Leaving Certificate Examination, 1920
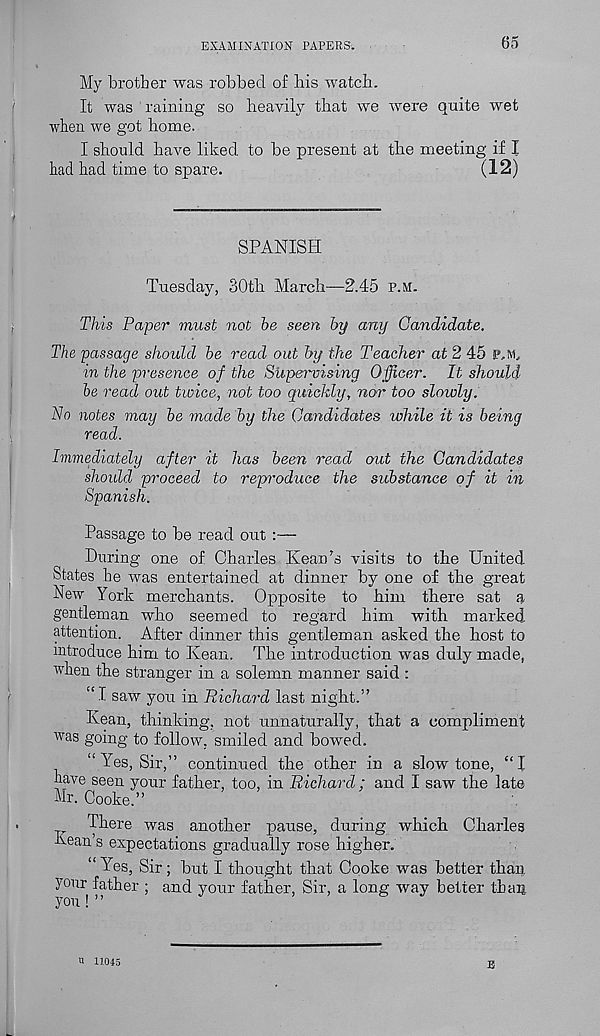
EXAMINATION PAPERS.
65
My brother was robbed of bis watch.
It was raining so heavily that we were quite wet
when we got home.
I should have liked to be present at the meeting if X
had had time to spare.
(12)
SPANISH
Tuesday, 30th March—2.45 p.m.
This Paper must not he seen by any Candidate.
The passage should he read out by the Teacher at 2 45
in the presence of the Supervising Officer. It should
he read out twice, not too quickly, nor too slowly.
No notes may he made hy the Candidates while it is being
read.
Immediately after it has been read out the Candidates
should proceed to repn'oduce the substance of it in
Spanish.
Passage to be read out :—
During one of Charles Kean’s visits to the United
States he was entertained at dinner by one of the great
New York merchants. Opposite to him there sat a
gentleman who seemed to regard him with marked,
attention. After dinner this gentleman asked the host to
introduce him to Kean. The introduction was duly made,
when the stranger in a solemn manner said :
“ I saw you in Richard last night.”
Kean, thinking, not unnaturally, that a compliment
was going to follow, smiled and bowed.
“ Yes, Sir,” continued the other in a slow tone, “I
have seen your father, too, in Richard : and I saw the late
Mr. Cooke.”
There was another pause, during which Charles
Kean’s expectations gradually rose higher.
“Yes, Sir; but I thought that Cooke was better than
y°u r father ; and your father, Sir, a long way better tban
you! ”
n 11045
E